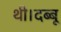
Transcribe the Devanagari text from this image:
थी।दब्बू